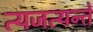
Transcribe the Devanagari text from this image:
त्यजत्यन्ते